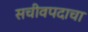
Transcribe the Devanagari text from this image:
सचीवपदाचा